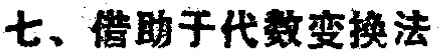
七、借助于代数变换法